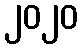
၂၀၂၀